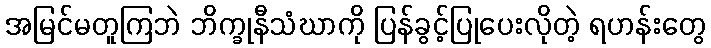
အမြင်မတူကြဘဲ ဘိက္ခုနီသံဃာကို ပြန်ခွင့်ပြုပေးလိုတဲ့ ရဟန်းတွေ